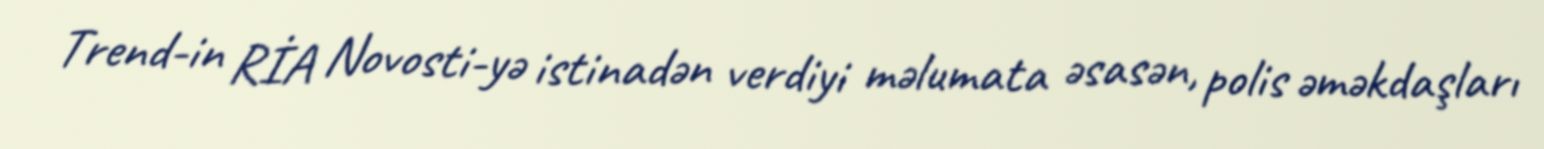
Trend-in RİA Novosti-yə istinadən verdiyi məlumata əsasən, polis əməkdaşları